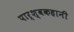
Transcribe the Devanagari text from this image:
पार्श्वकहानी